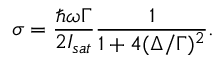
\sigma = \frac { \hbar \omega \Gamma } { 2 I _ { s a t } } \frac { 1 } { 1 + 4 ( \Delta / \Gamma ) ^ { 2 } } .